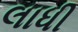
લાધી